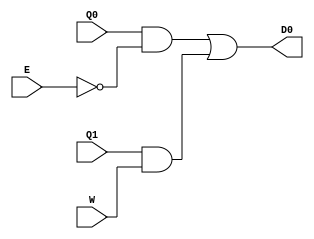
`timescale 1ns / 1ps
//////////////////////////////////////////////////////////////////////////////////
// Company: 
// Engineer: 
// 
// Design Name: 
// Module Name: Location6
// Project Name: 
// Target Devices: 
// Tool Versions: 
// Description: 
// 
// Dependencies: 
// 
// Revision:
// Revision 0.01 - File Created
// Additional Comments:
// 
//////////////////////////////////////////////////////////////////////////////////


module Location0(input E, W, Q0, Q1, output D0);

    assign D0 = (Q0 & ~E) | (Q1 & W);

endmodule